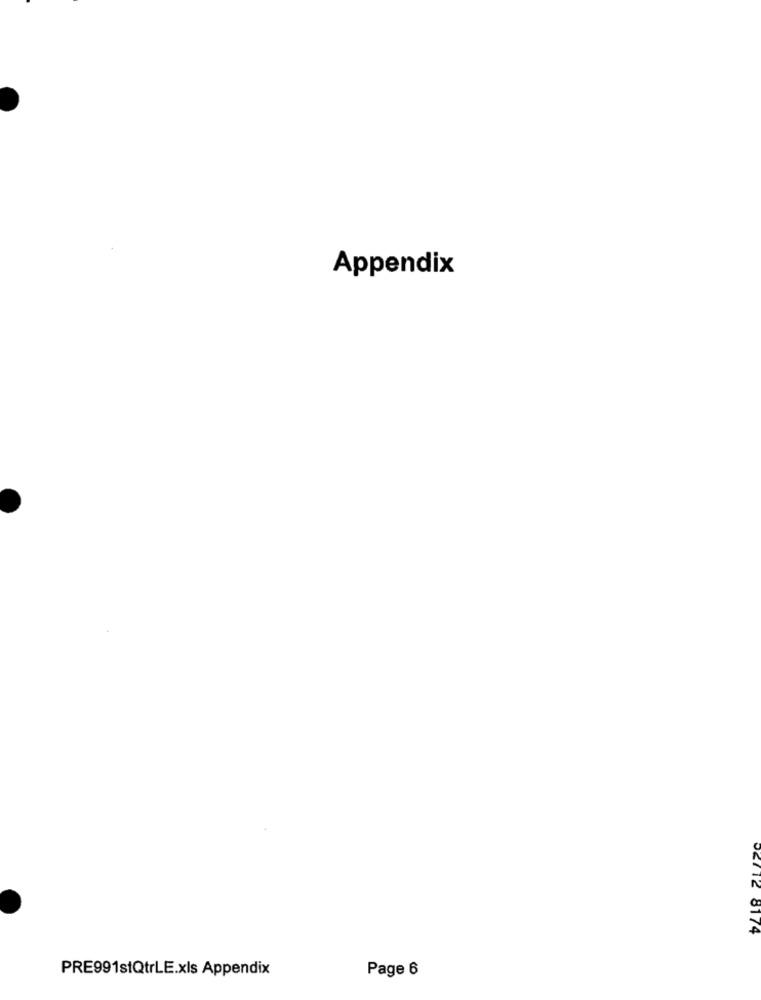
Appendix
02112 8174
PRE991stQtrLE.xls Appendix
Page 6